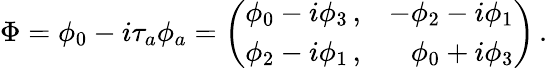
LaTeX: \Phi=\phi_{0}-i\tau_{a}\phi_{a}=\left(\begin{array}{rr}{{\phi_{0}-i\phi_{3}\, ,}}&{{-\phi_{2}-i\phi_{1}}}\\ {{\phi_{2}-i\phi_{1}\, ,}}&{{\phi_{0}+i\phi_{3}}}\end{array}\right)\, .